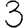
Digit: 3